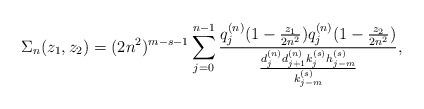
LaTeX: \begin{align*} \Sigma_n(z_1, z_2) = (2n^2)^{m-s-1} \sum_{j = 0}^{n-1} \frac{q_j^{(n)} ( 1 - \frac{z_1}{2n^2} ) q_j^{(n)} (1 - \frac{z_2 }{2n^2} ) }{ \frac{d_{j}^{(n)} d_{j+1}^{(n)} k_j^{(s)}h_{j-m}^{(s)} } {k_{j-m}^{(s)}} }, \end{align*}